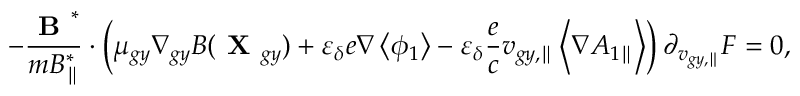
- \frac { \textbf { B } ^ { * } } { m { B } _ { \parallel } ^ { * } } \boldsymbol { \cdot } \left( \mu _ { g y } \nabla _ { g y } B ( \textbf { X } _ { g y } ) + \varepsilon _ { \delta } e \nabla \left\langle \phi _ { 1 } \right\rangle - \varepsilon _ { \delta } \frac { e } { c } v _ { g y , \parallel } \left\langle \nabla { A } _ { 1 \parallel } \right\rangle \right) \partial _ { v _ { g y , \parallel } } F = 0 ,